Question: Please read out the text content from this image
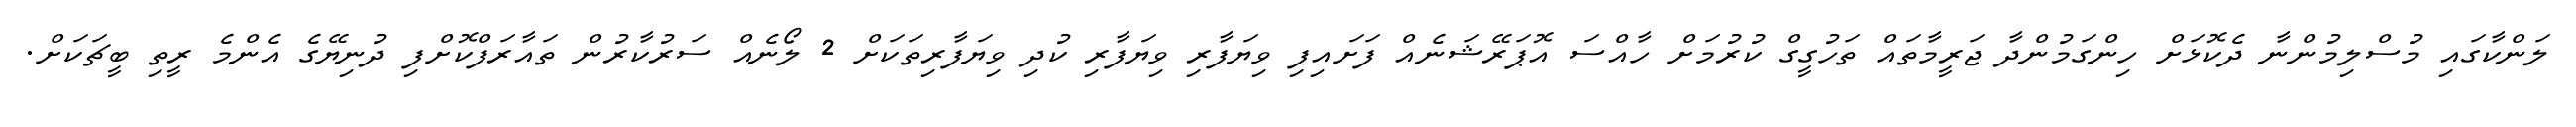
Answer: ލަންކާގައި މުސްލިމުންނާ ދެކޮޅަށް ހިންގަމުންދާ ޖަރީމާތައް ތަހުގީގް ކުރުމަށް ހާއްސަ އޮޕަރޭޝަނެއް ފަށައިފި ވިޔަފާރި ވިޔަފާރި ކުދި ވިޔަފާރިތަކަށް 2 ލޯނެއް ސަރުކާރުން ތައާރަފްކޮށްފި ދުނިޔޭގެ އެންމެ ރީތި ބީޗަކަށް.